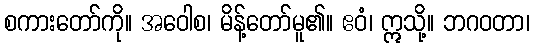
စကားတော်ကို။ အဝေါစ၊ မိန့်တော်မူ၏။ ဧဝံ၊ ဣသို့။ ဘဂဝတာ၊